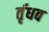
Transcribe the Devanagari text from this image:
र्तृधव